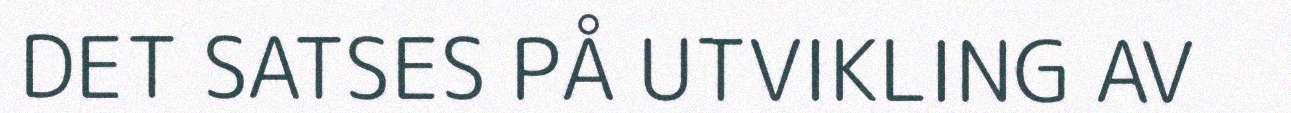
DET SATSES PÅ UTVIKLING AV